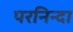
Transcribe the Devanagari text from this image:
परनिन्दा